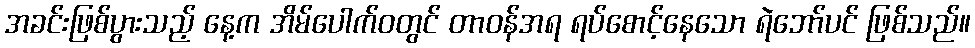
အခင်းဖြစ်ပွားသည့် နေ့က အိမ်ပေါက်ဝတွင် တာဝန်အရ ရပ်စောင့်နေသော ရဲဘော်ပင် ဖြစ်သည်။